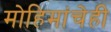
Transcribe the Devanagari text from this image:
मोहिमांचेही